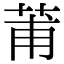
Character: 莆